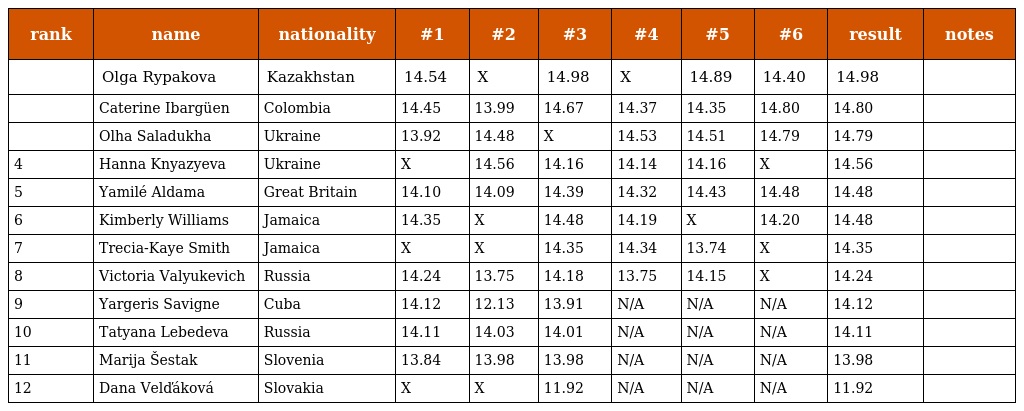
| rank | name | nationality | #1 | #2 | #3 | #4 | #5 | #6 | result | notes |
 | --- | --- | --- | --- | --- | --- | --- | --- | --- | --- | --- |
 |  | Olga Rypakova | Kazakhstan | 14.54 | X | 14.98 | X | 14.89 | 14.40 | 14.98 |  |
 |  | Caterine Ibargüen | Colombia | 14.45 | 13.99 | 14.67 | 14.37 | 14.35 | 14.80 | 14.80 |  |
 |  | Olha Saladukha | Ukraine | 13.92 | 14.48 | X | 14.53 | 14.51 | 14.79 | 14.79 |  |
 | 4 | Hanna Knyazyeva | Ukraine | X | 14.56 | 14.16 | 14.14 | 14.16 | X | 14.56 |  |
 | 5 | Yamilé Aldama | Great Britain | 14.10 | 14.09 | 14.39 | 14.32 | 14.43 | 14.48 | 14.48 |  |
 | 6 | Kimberly Williams | Jamaica | 14.35 | X | 14.48 | 14.19 | X | 14.20 | 14.48 |  |
 | 7 | Trecia-Kaye Smith | Jamaica | X | X | 14.35 | 14.34 | 13.74 | X | 14.35 |  |
 | 8 | Victoria Valyukevich | Russia | 14.24 | 13.75 | 14.18 | 13.75 | 14.15 | X | 14.24 |  |
 | 9 | Yargeris Savigne | Cuba | 14.12 | 12.13 | 13.91 | N/A | N/A | N/A | 14.12 |  |
 | 10 | Tatyana Lebedeva | Russia | 14.11 | 14.03 | 14.01 | N/A | N/A | N/A | 14.11 |  |
 | 11 | Marija Šestak | Slovenia | 13.84 | 13.98 | 13.98 | N/A | N/A | N/A | 13.98 |  |
 | 12 | Dana Velďáková | Slovakia | X | X | 11.92 | N/A | N/A | N/A | 11.92 |  |